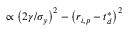
\propto \left( 2 \gamma / \sigma _ { y } \right) ^ { 2 } - \left( { r } _ { i , p } - { t } _ { d } ^ { * } \right) ^ { 2 }